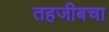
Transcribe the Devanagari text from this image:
तहजीबचा